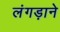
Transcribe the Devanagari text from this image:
लंगड़ाने